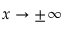
x \to \pm \infty